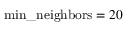
\mathrm { m i n \_ n e i g h b o r s } = 2 0